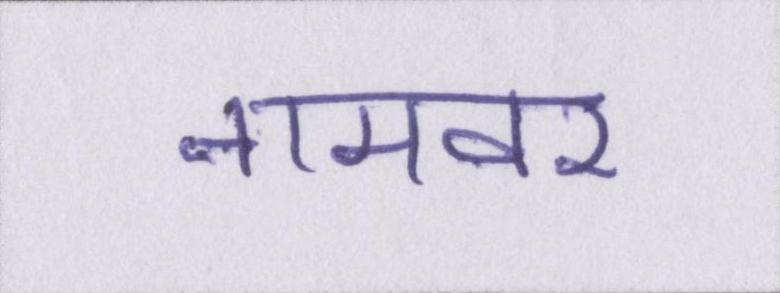
नामवर